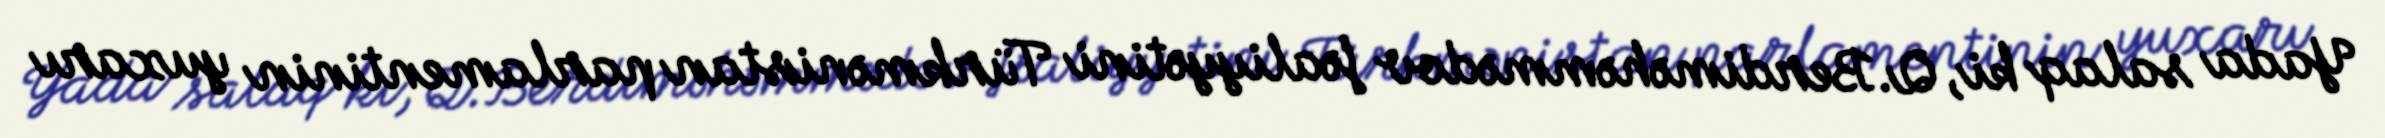
Yada salaq ki, Q.Berdiməhəmmədov fəaliyyətini Türkmənistan parlamentinin yuxarı